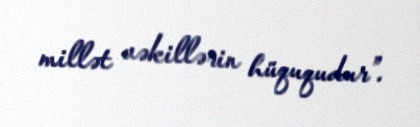
millət vəkillərin hüququdur”.